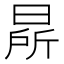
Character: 㫹